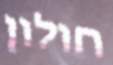
חולון